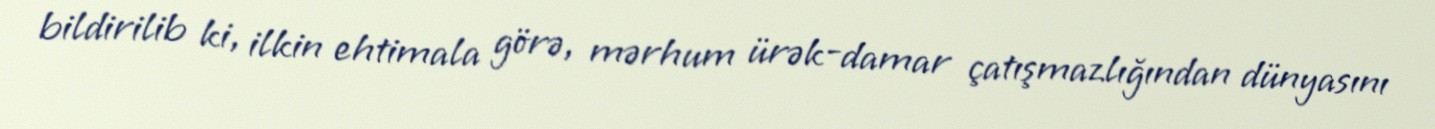
bildirilib ki, ilkin ehtimala görə, mərhum ürək-damar çatışmazlığından dünyasını